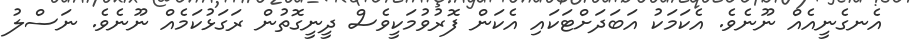
އެނގެނީއެއް ނޫނެވެ. އެކަމަކު އަބަދަށްޓަކައި އެކަން ފޮރުވުމަކީވެސް ދީނީގޮތުން ރަގަޅުކަމެއް ނޫނެވެ. ނަސްލު